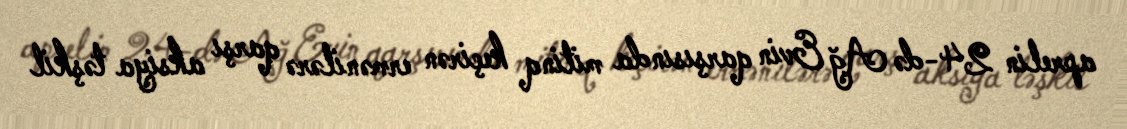
aprelin 24-də Ağ Evin qarşısında mitinq keçirən ermənilərə qarşı aksiya təşkil